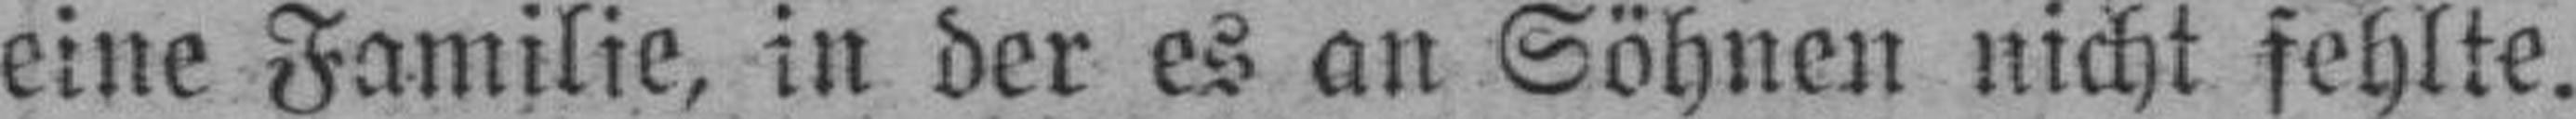
eine Familie, in der es an Söhnen nicht fehlte.